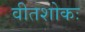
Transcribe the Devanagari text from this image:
वीतशोकः